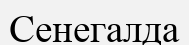
Сенегалда